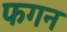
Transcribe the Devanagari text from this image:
फगन